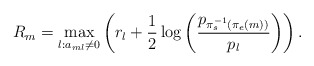
\begin{align*}R_{m}=\underset{l:a_{ml}\neq0}{\max}\left(r_{l}+\frac{1}{2}\log\left(\frac{p_{\pi_{s}^{-1}\left(\pi_{e}\left(m\right)\right)}}{p_{l}}\right)\right).\end{align*}